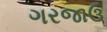
ગરજાઉ